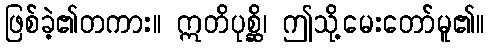
ဖြစ်ခဲ့၏တကား။ ဣတိပုစ္ဆိ၊ ဤသို့မေးတော်မူ၏။